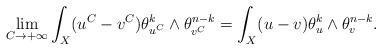
LaTeX: \begin{align*}\lim_{C\to +\infty}\int_X (u^C-v^C) \theta_{u^C}^k \wedge \theta_{v^C}^{n-k} =\int_X (u-v) \theta_{u}^k \wedge \theta_{v}^{n-k}. \end{align*}